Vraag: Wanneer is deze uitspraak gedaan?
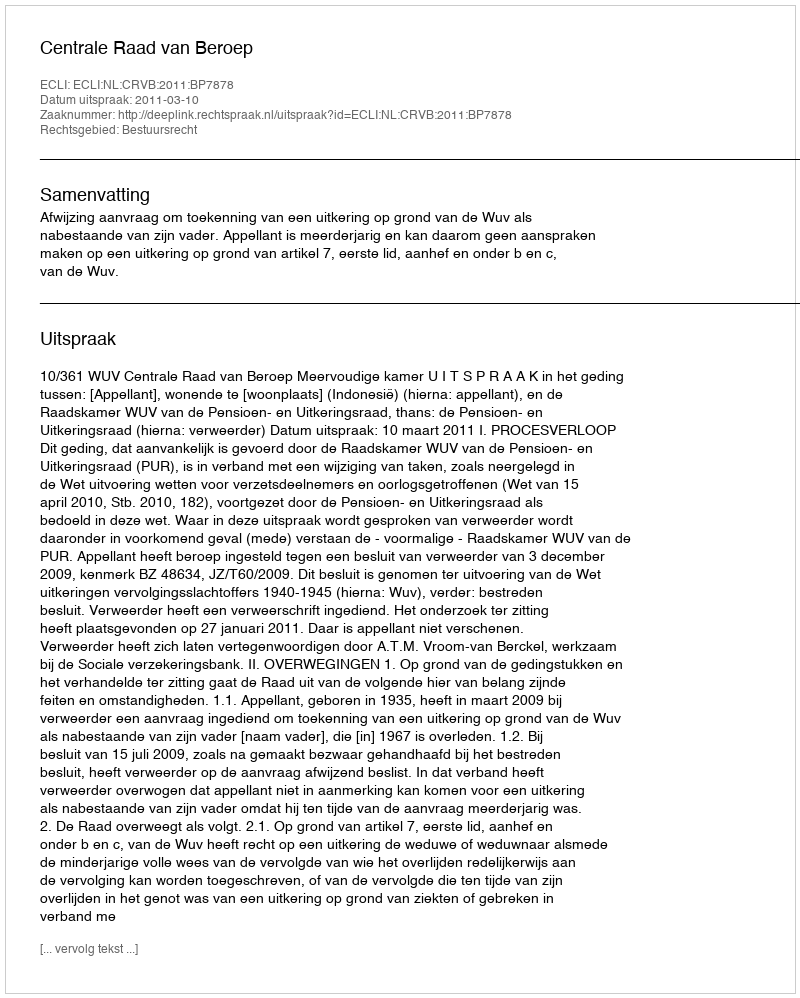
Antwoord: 2011-03-10